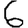
Digit: 6